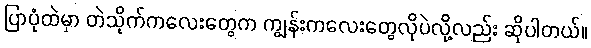
ပြာပုံထဲမှာ တဲသိုက်ကလေးတွေက ကျွန်းကလေးတွေလိုပဲလို့လည်း ဆိုပါတယ်။